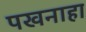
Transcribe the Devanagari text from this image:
पखनाहा